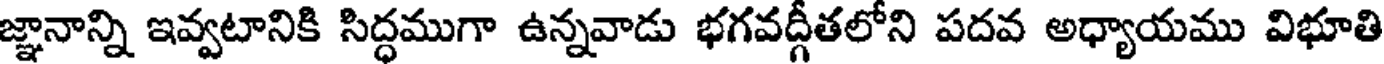
జ్ఞానాన్ని ఇవ్వటానికి సిద్ధముగా ఉన్నవాడు భగవద్గీతలోని పదవ అధ్యాయము విభూతి